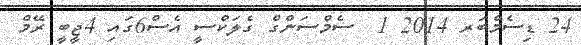
24 ޑިސެމްބަރ 2014 1  ސެމްސަންގް ގެލަކްސީ އެސް6ގައި 4ޖީބީ ރޭމް